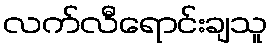
လက်လီရောင်းချသူ